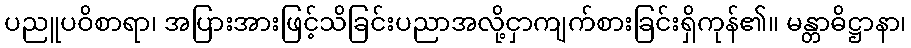
ပညူပဝိစာရာ၊ အပြားအားဖြင့်သိခြင်းပညာအလို့ငှာကျက်စားခြင်းရှိကုန်၏။ မန္တာဓိဋ္ဌာနာ၊